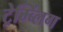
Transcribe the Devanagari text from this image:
ट्रेम्ब्लिंग